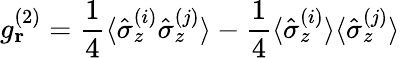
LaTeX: g_{\textbf{r}}^{(2)}=\frac{1}{4}\langle\hat{\sigma}_{z}^{(i)}\hat{\sigma}_{z}^{(j)}\rangle-\frac{1}{4}\langle\hat{\sigma}_{z}^{(i)}\rangle\langle\hat{\sigma}_{z}^{(j)}\rangle